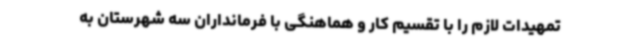
تمهیدات لازم را با تقسیم کار و هماهنگی با فرمانداران سه شهرستان به